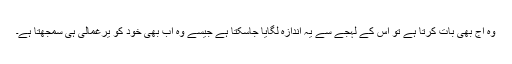
وہ آج بھی بات کرتا ہے تو اس کے لہجے سے یہ اندازہ لگایا جاسکتا ہے جیسے وہ اب بھی خود کو یرغمالی ہی سمجھتا ہے۔